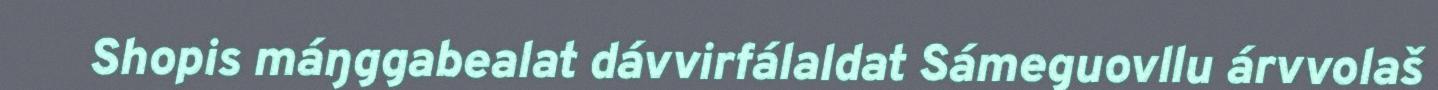
Shopis máŋggabealat dávvirfálaldat Sámeguovllu árvvolaš